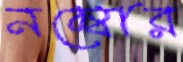
নম্বোর